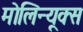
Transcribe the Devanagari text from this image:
मोलिन्यूक्स